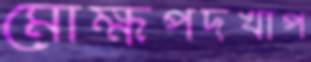
মোক্ষপদখাপ